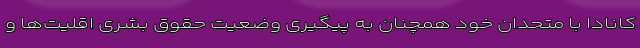
کانادا با متحدان خود همچنان به پیگیری وضعیت حقوق بشری اقلیت‌ها و